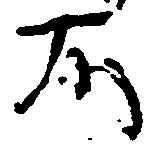
不